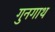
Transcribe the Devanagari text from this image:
गुनगाथ